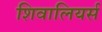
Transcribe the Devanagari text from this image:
शिवालियर्स